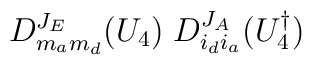
D^{J_E}_{m_am_d}(U_4)\;D^{J_A}_{i_di_a}(U_4^\dagger)